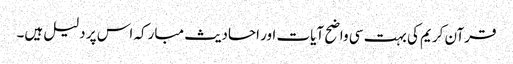
قرآن کریم کی بہت سی واضح آیات اور احادیث مبارکہ اس پر دلیل ہیں۔